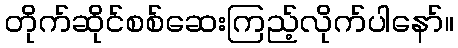
တိုက်ဆိုင်စစ်ဆေးကြည့်လိုက်ပါနော်။